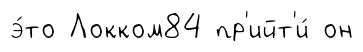
э́то Локком84 пр'ийт'и́ он